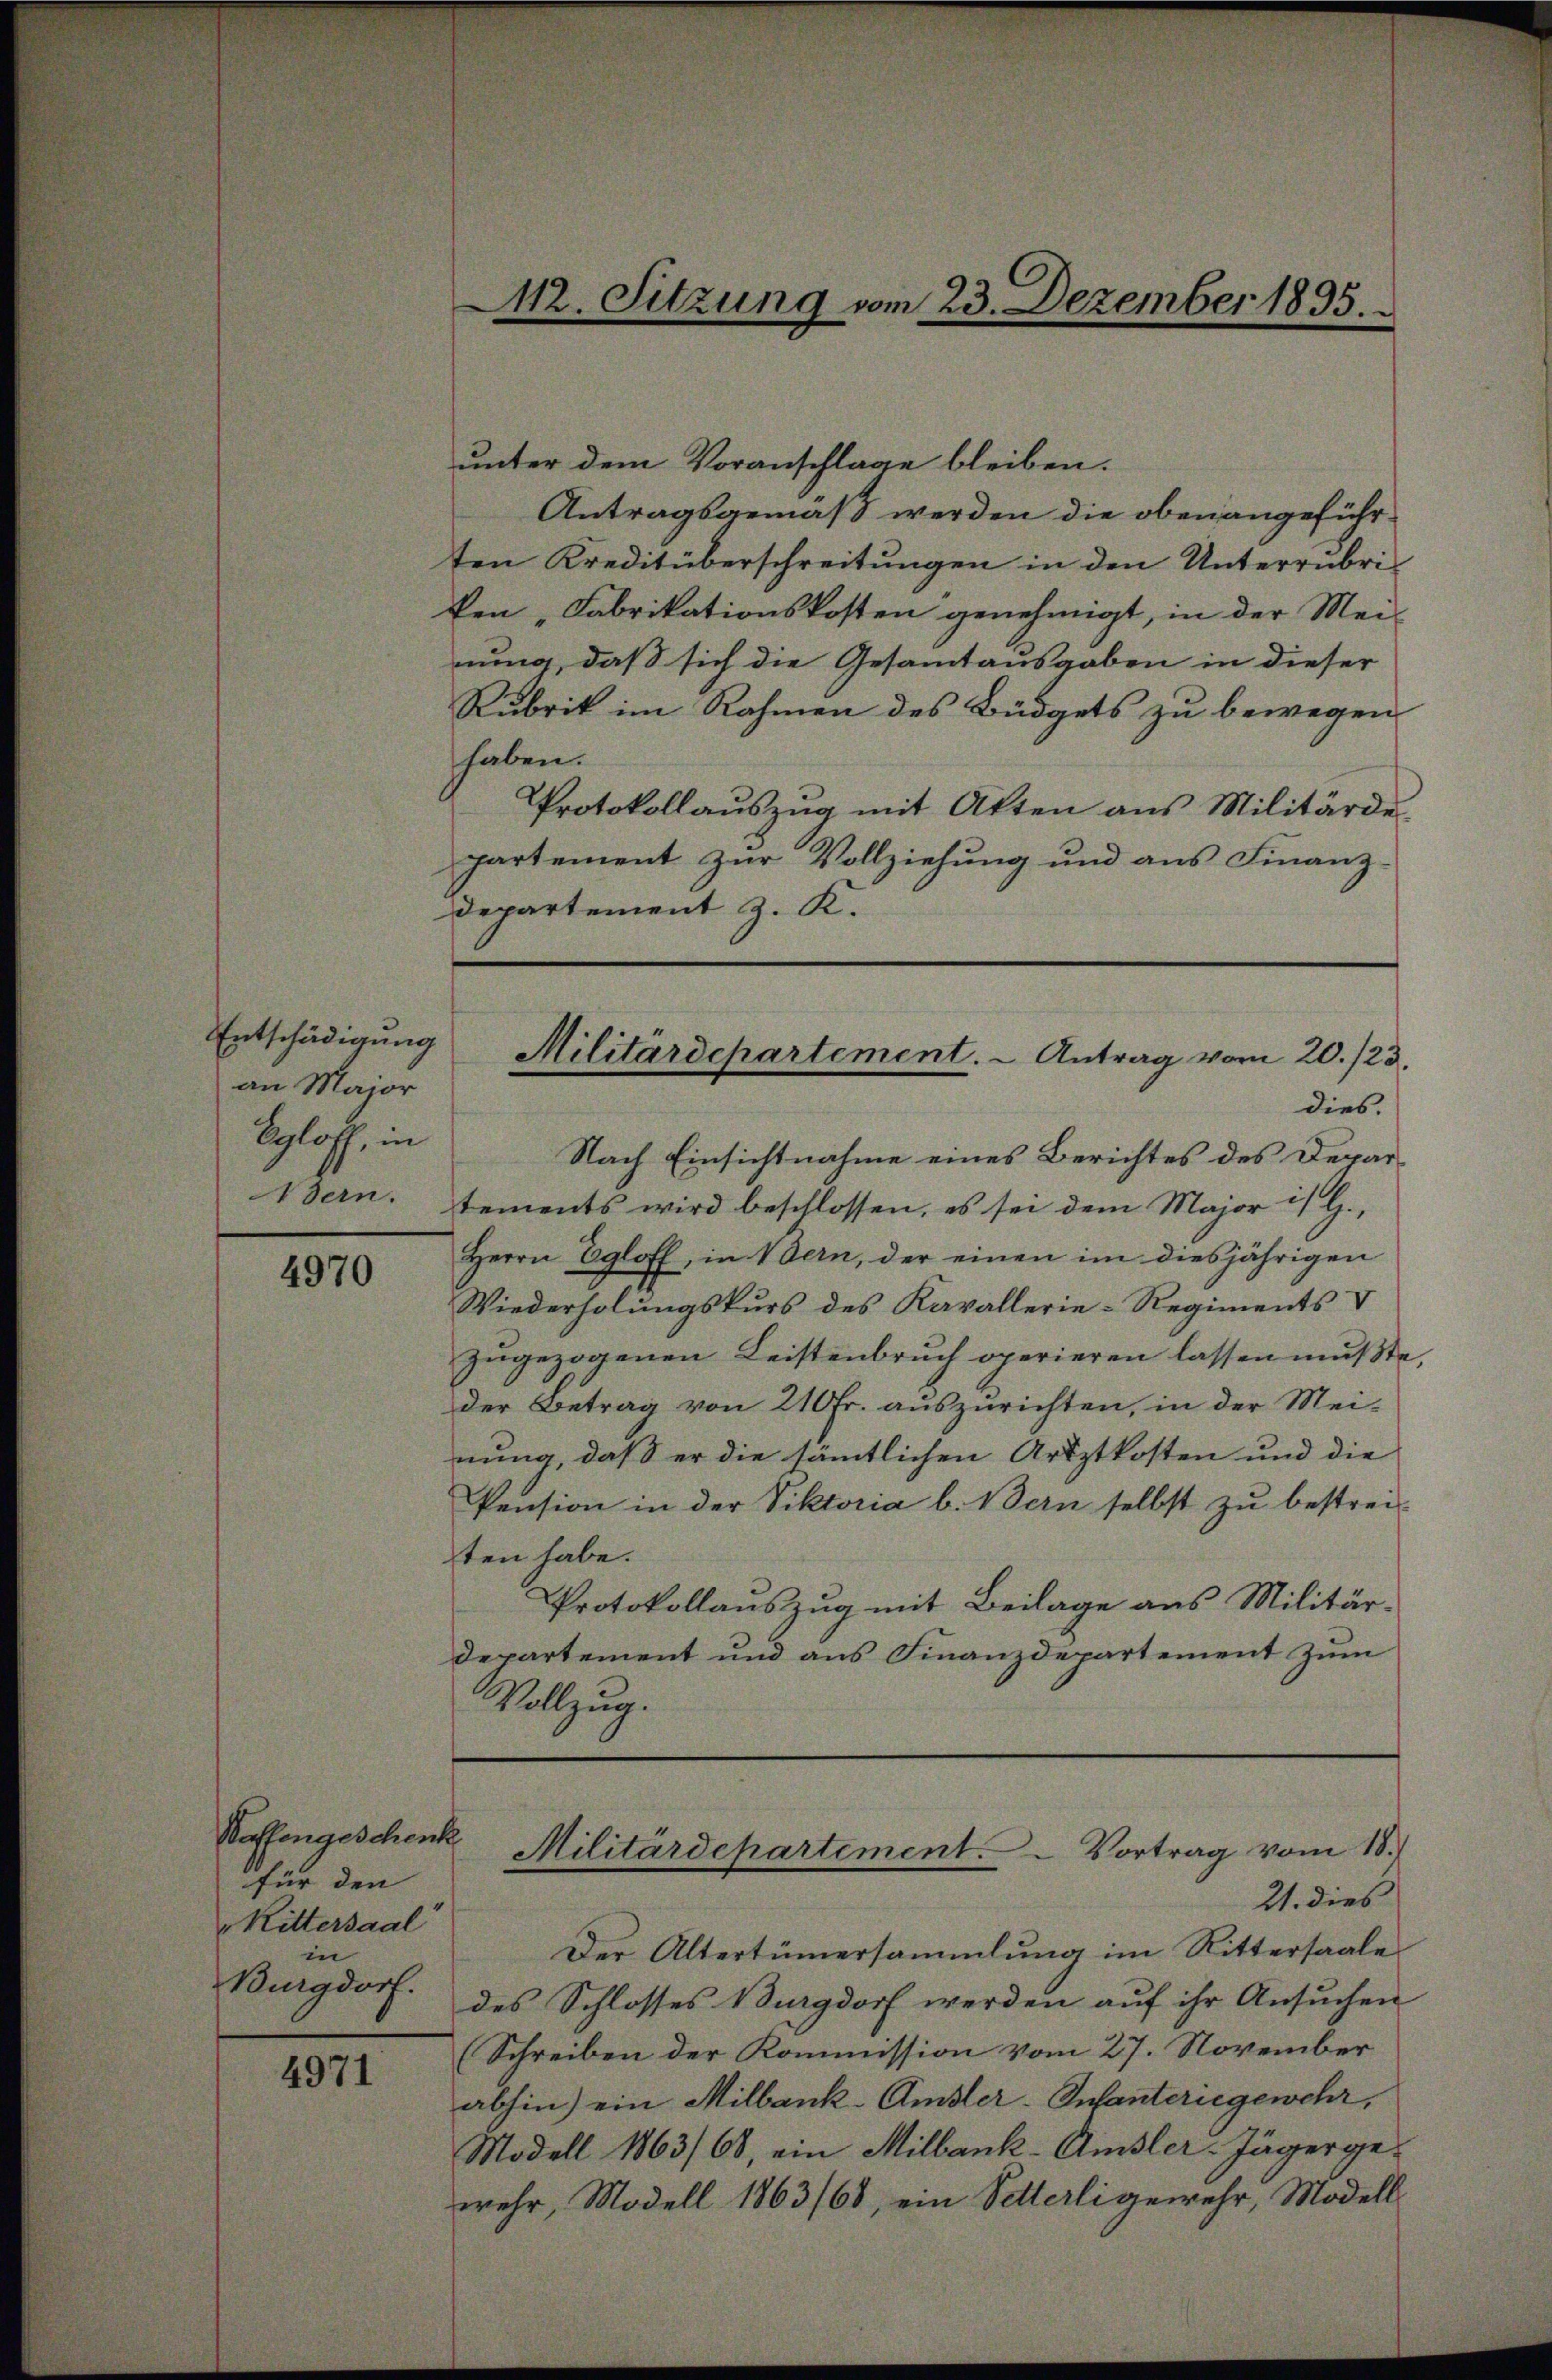
Entschädigung
an Major
Bgloff, in
ern.

4970

Waffengeschenk
für den
Rittersaal
in
Burgdorf.

4971

unter dem Voranschlage bleiben.
Antragsgemäß werden die oben angeführten Kreditüberschreitungen in den Unterrubri-
ken „Fabrikationskosten genehmigt, in der Mei-
nung, daß sich die Gesamtausgaben in dieser
Rubrik im Rahmen des Büdgets zu bewegen
haben.
Protokollauszug mit Akten aus Militärde
partement zur Vollziehung und aus Finanz
Departement z. K.
dies.
Nach Einsichtnahme eines Berichtes des Departements wird beschlossen, es sei dem Major is H.,
Herrn Egloff, in Vern, der einen im diesjährigen
Wiederholungskurs des Kavallerie-Regiments V
zugezogenen Leistenbruch operieren lassen mußte,
der Betrag von 210 Fr. auszurichten, in der Mei-
nung, daß er die sämtlichen Artztkosten und die
Pension in der Viktoria b. Bern selbst zu bestrei-
ten habe.
Protokollauszug mit Beilage aus Militär-
departement und aus Finanzdepartement zum
Vollzug.

412. Sitzung vom 23. Dezember 1835.

Militärdepartement. - Antrag vom 20./23.

21. dies
Der Altertümersammlung im Rittersaale
des Schlosses Burgdorf werden auf ihr Ansuchen
(Schreiben der Kommission vom 27. November
abhin) ein Milbank-Amsler-Infanteriegewehr,
Modell 1863/68, ein Milbank-Amsler-Jäger ge-
wehr, Modell 1863/68, ein Sitterli gewehr, Modell-

Militärdepartement. Vortrag vom 18.)